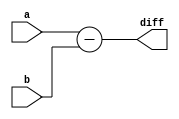
module SUB (
    input [31:0] a,
    input [31:0] b,
    output [31:0] diff
);
    assign diff = a - b;
endmodule